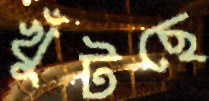
খুঁটছে